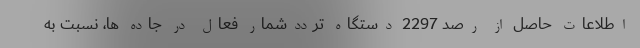
اطلاعات حاصل از رصد 2297 دستگاه ترددشمار فعال در جاده ها، نسبت به